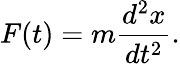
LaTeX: F(t)=m{\frac{d^{2}x}{dt^{2}}}.